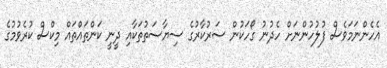
އެހެންނަމަވެސް ފުލުހުންނަށް ހެދުނު ގޯހަކުން ސަރުކާރުގެ ސިޔާސަތުތަކާއި ދީނީ ކަންތައްތައް މިކްސް ކުރެވުމުގެ